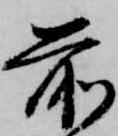
前